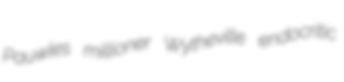
Pauwles millioner Wytheville endocritic